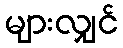
များလျှင်